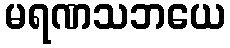
မရဏသဘယေ